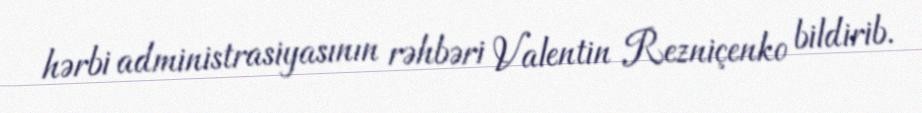
hərbi administrasiyasının rəhbəri Valentin Rezniçenko bildirib.